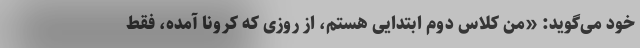
خود می‌گوید: «من کلاس دوم ابتدایی هستم، از روزی که کرونا آمده، فقط